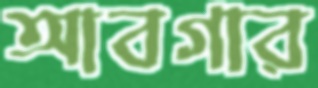
আবগার